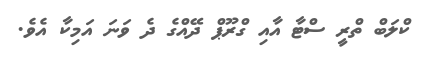
ކްލަބް ތްރީ ސްޓާ އާއި ގްރޫޕް ދޭއްގެ ދެ ވަނަ އަމިކާ އެވެ.